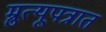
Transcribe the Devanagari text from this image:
म्रुत्यूपत्रात